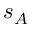
s _ { A }